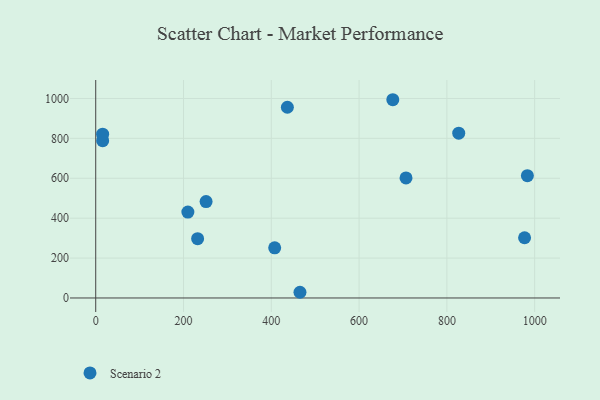
{"axis": {"x": "Speed", "y": "Demand"}, "legend": ["Scenario 2"], "data": [{"x": "251.4", "y": 483.0, "type": "Scenario 2"}, {"x": "465.3", "y": 28.6, "type": "Scenario 2"}, {"x": "827.0", "y": 826.1, "type": "Scenario 2"}, {"x": "407.7", "y": 251.6, "type": "Scenario 2"}, {"x": "232.1", "y": 297.5, "type": "Scenario 2"}, {"x": "15.8", "y": 788.5, "type": "Scenario 2"}, {"x": "676.8", "y": 993.7, "type": "Scenario 2"}, {"x": "983.4", "y": 612.9, "type": "Scenario 2"}, {"x": "209.9", "y": 430.4, "type": "Scenario 2"}, {"x": "706.9", "y": 601.5, "type": "Scenario 2"}, {"x": "436.6", "y": 956.0, "type": "Scenario 2"}, {"x": "15.7", "y": 820.9, "type": "Scenario 2"}, {"x": "977.0", "y": 301.8, "type": "Scenario 2"}]}